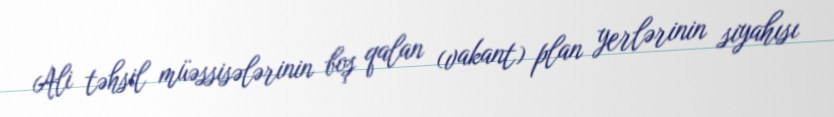
Ali təhsil müəssisələrinin boş qalan (vakant) plan yerlərinin siyahısı